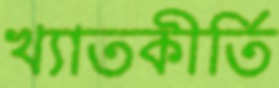
খ্যাতকীর্তি